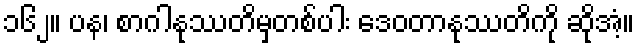
၁၆၂။ ပန၊ စာဂါနုဿတိမှတစ်ပါး ဒေဝတာနုဿတိကို ဆိုအံ့။